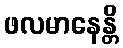
ဖလမာနေန္တိ